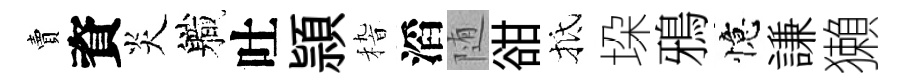
賣資炎軄吐頴𥟵滔随𧮳抵垜鴉憶謙獺